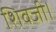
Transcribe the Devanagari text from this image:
शिवजी।